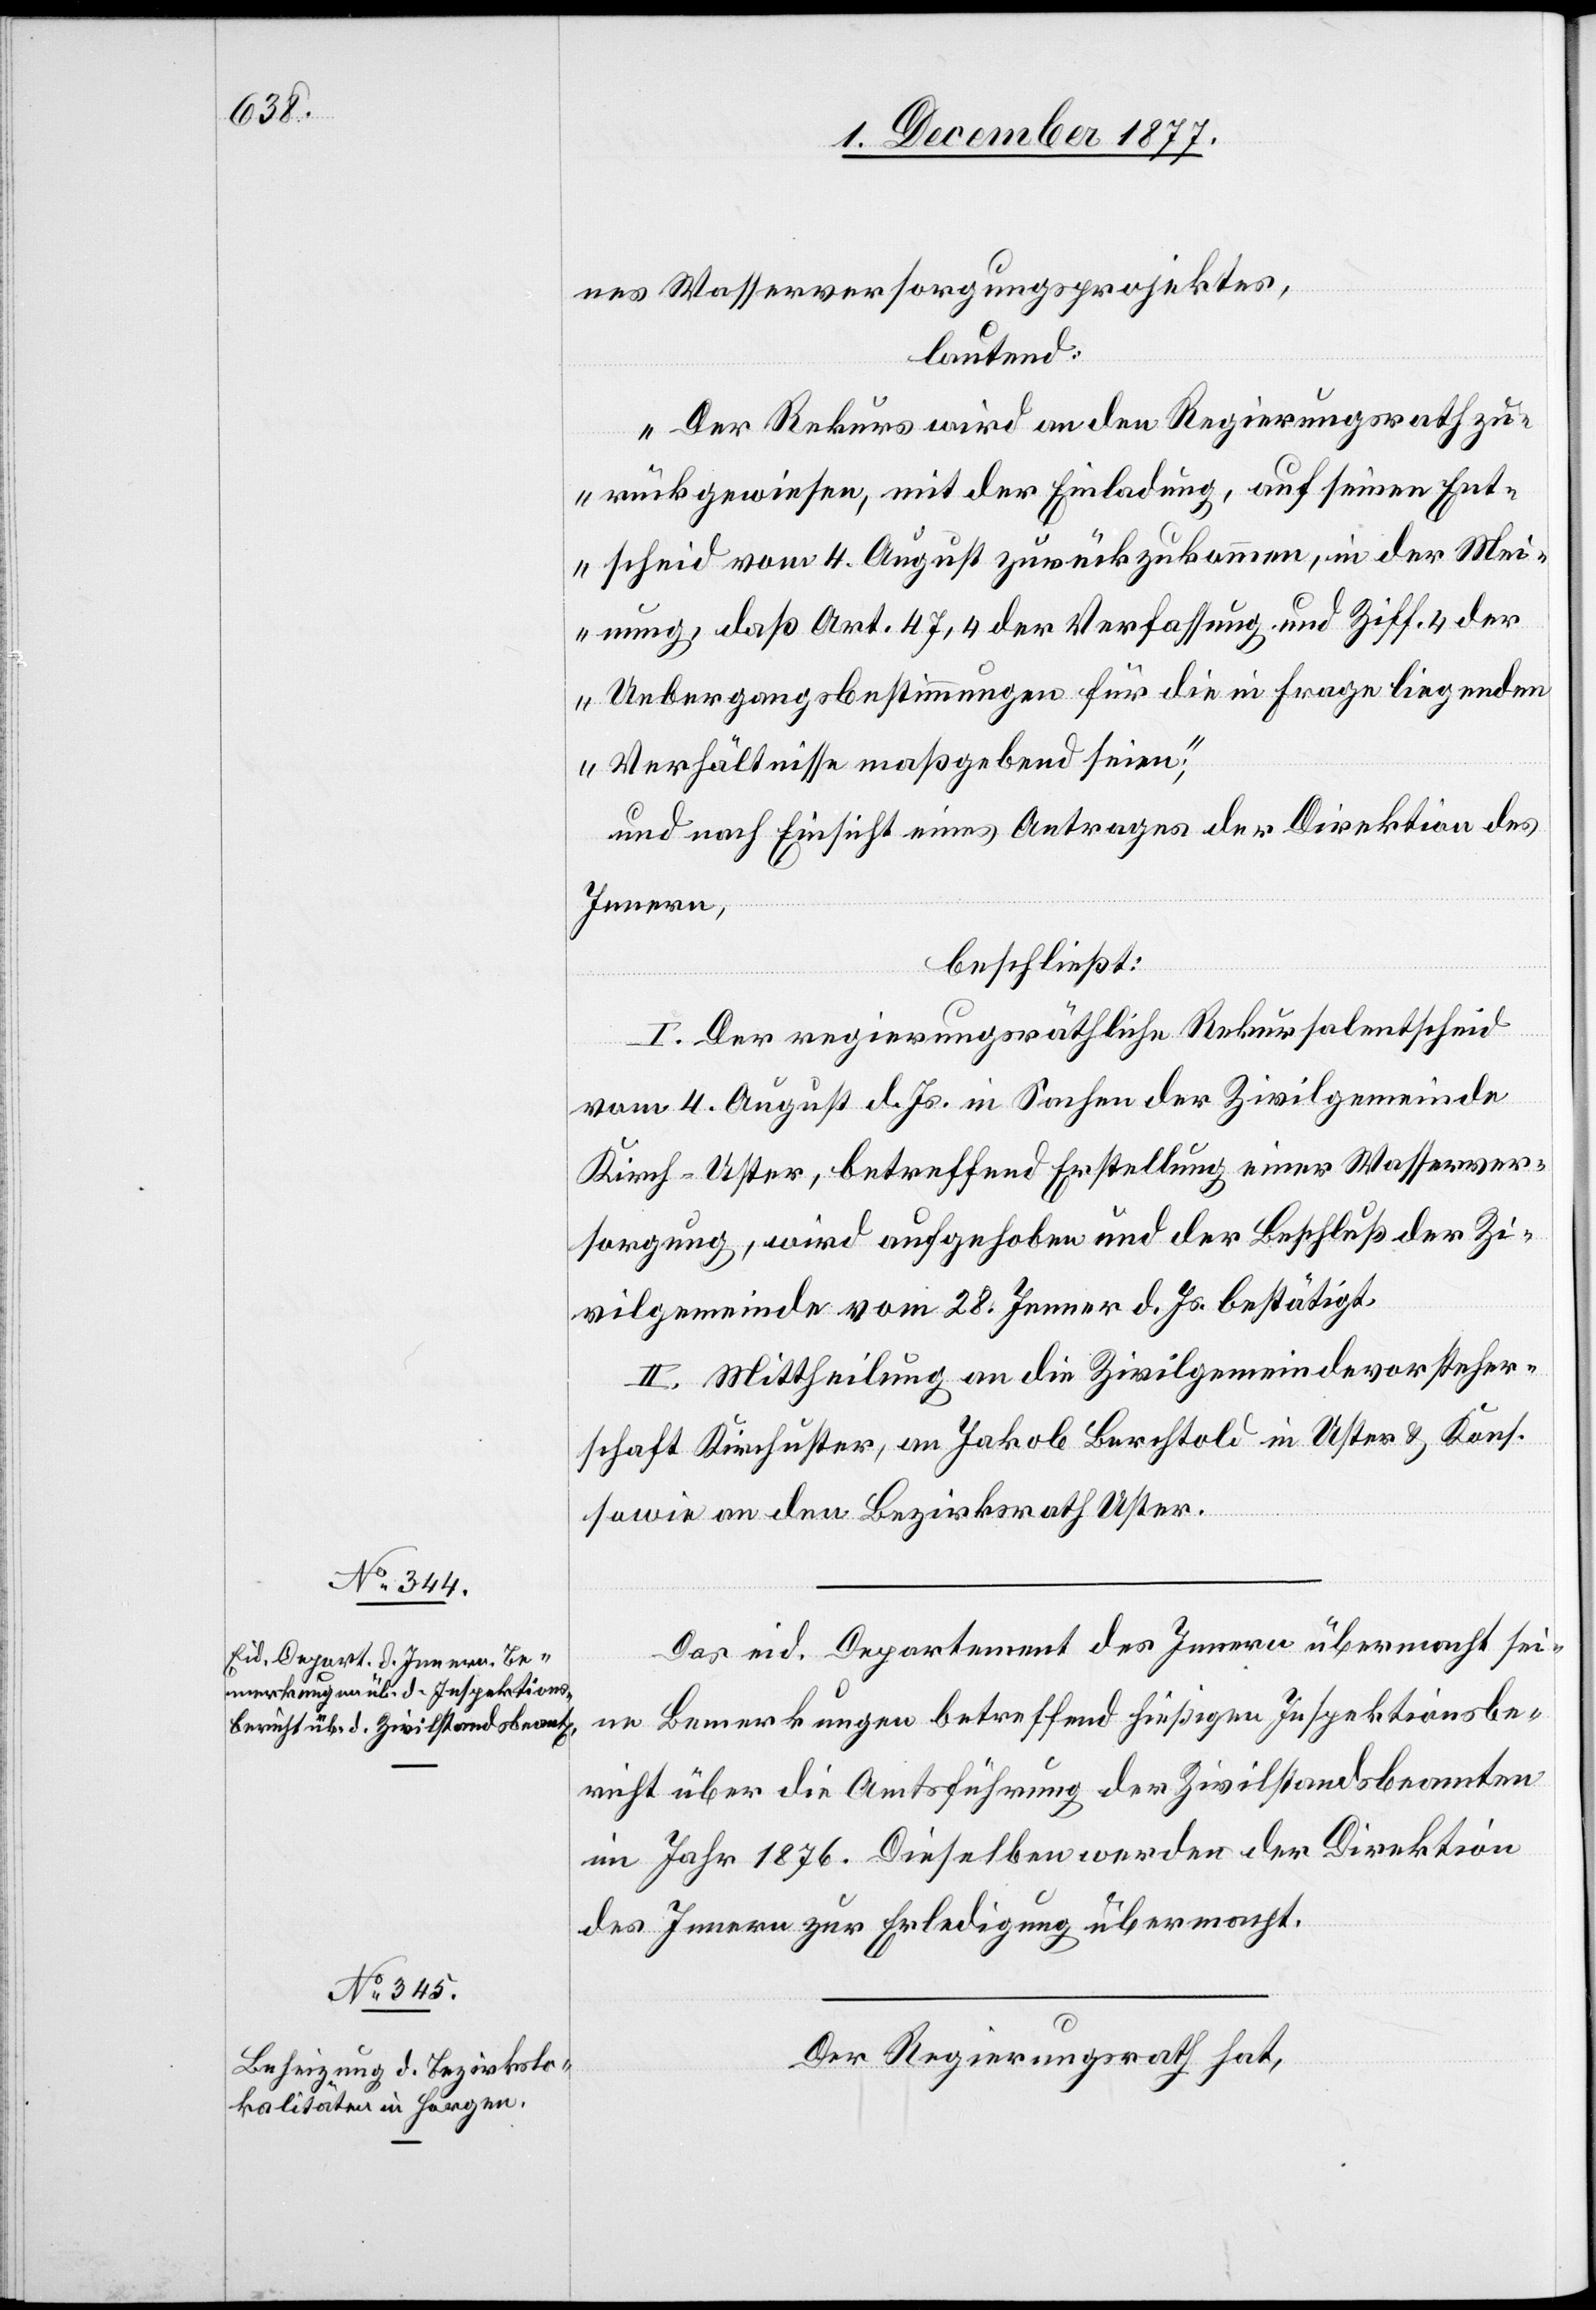
nes Wasserversorgungsprojektes,
lautend:
„Der Rekurs wird an den Regierungsrath zu¬
rückgewiesen, mit der Einladung, auf seinen Ent¬
scheid vom 4. August zurückzukommen, in der Mei¬
nung, daß Art. 47,4 der Verfassung und Ziff. 4 der
Uebergangsbestimmungen für die in Frage liegenden
Verhältnisse maßgebend seien“;
und nach Einsicht eines Antrages der Direktion des
Innern,
beschließt:
I. Der regierungsräthliche Rekursalentscheid
vom 4. August d. Js. in Sachen der Zivilgemeinde
Kirch-Uster, betreffend Erstellung einer Wasserver¬
sorgung, wird aufgehoben und der Beschluß der Zi¬
vilgemeinde vom 28. Jenner d. Js. bestätigt.
II. Mittheilung an die Zivilgemeindevorsteher¬
schaft Kirchuster, an Jakob Berchtold in Uster & Kons.
sowie an den Bezirksrath Uster.
Das eid. Departement des Innern übermacht sei¬
ne Bemerkungen betreffend hießigen Inspektionsbe¬
richt über die Amtsführung der Zivilstandsbeamten
im Jahr 1876. Dieselben werden der Direktion
des Innern zur Erledigung übermacht.
Der Regierungsrath hat,